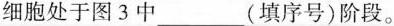
细胞处于图3中___(填序号)阶段。